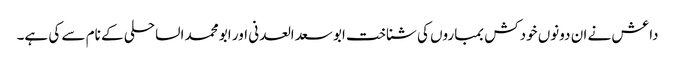
داعش نے ان دونوں خودکش بمباروں کی شناخت ابو سعد العدنی اور ابو محمد الساحلی کے نام سے کی ہے۔